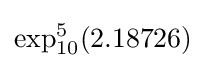
\exp _{10}^{5}(2.18726)